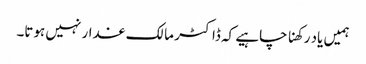
ہمیں یاد رکھنا چاہیے کہ ڈاکٹر مالک غدار نہیں ہوتا۔